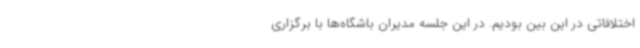
اختلافاتی در این بین بودیم. در این جلسه مدیران باشگاه‌ها با برگزاری